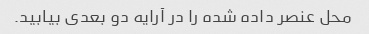
محل عنصر داده شده را در آرایه دو بعدی بیابید.